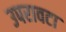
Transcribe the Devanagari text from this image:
उपरावटा